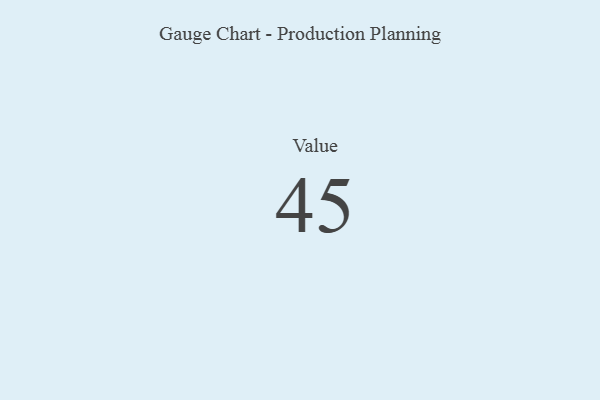
{"axis": {"x": "Metric", "y": "Value"}, "legend": [""], "data": [{"x": "Value", "y": 45, "type": ""}]}